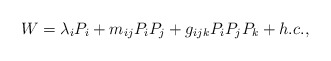
\begin{align*}W = \lambda_i P_i + m_{ij} P_iP_j + g_{ijk} P_iP_jP_k + h.c., \end{align*}